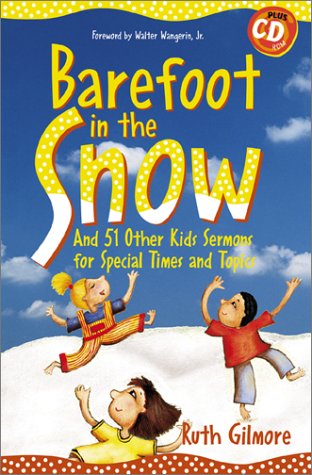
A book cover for Barefoot in the Snow: And 51 Other Kids Sermons for Special Times and Topics (Children's Sermons); Ruth Gilmore; Christian Books & Bibles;